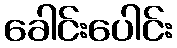
ခေါင်းပေါင်း